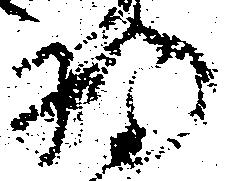
将